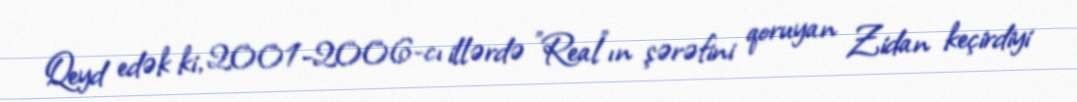
Qeyd edək ki, 2001-2006-cı illərdə "Real"ın şərəfini qoruyan Zidan keçirdiyi